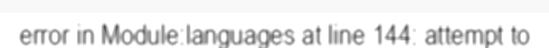
error in Module:languages at line 144: attempt to